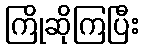
ကြိုဆိုကြပြီး